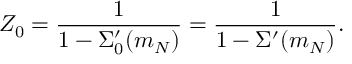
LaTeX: Z _ { 0 } = \frac { 1 } { 1 - \Sigma _ { 0 } ^ { \prime } ( m _ { N } ) } = \frac { 1 } { 1 - \Sigma ^ { \prime } ( m _ { N } ) } .